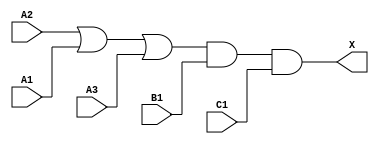
module sky130_fd_sc_ls__o311a (
    X ,
    A1,
    A2,
    A3,
    B1,
    C1
);

    // Module ports
    output X ;
    input  A1;
    input  A2;
    input  A3;
    input  B1;
    input  C1;

    // Local signals
    wire or0_out   ;
    wire and0_out_X;

    //  Name  Output      Other arguments
    or  or0  (or0_out   , A2, A1, A3     );
    and and0 (and0_out_X, or0_out, B1, C1);
    buf buf0 (X         , and0_out_X     );

endmodule